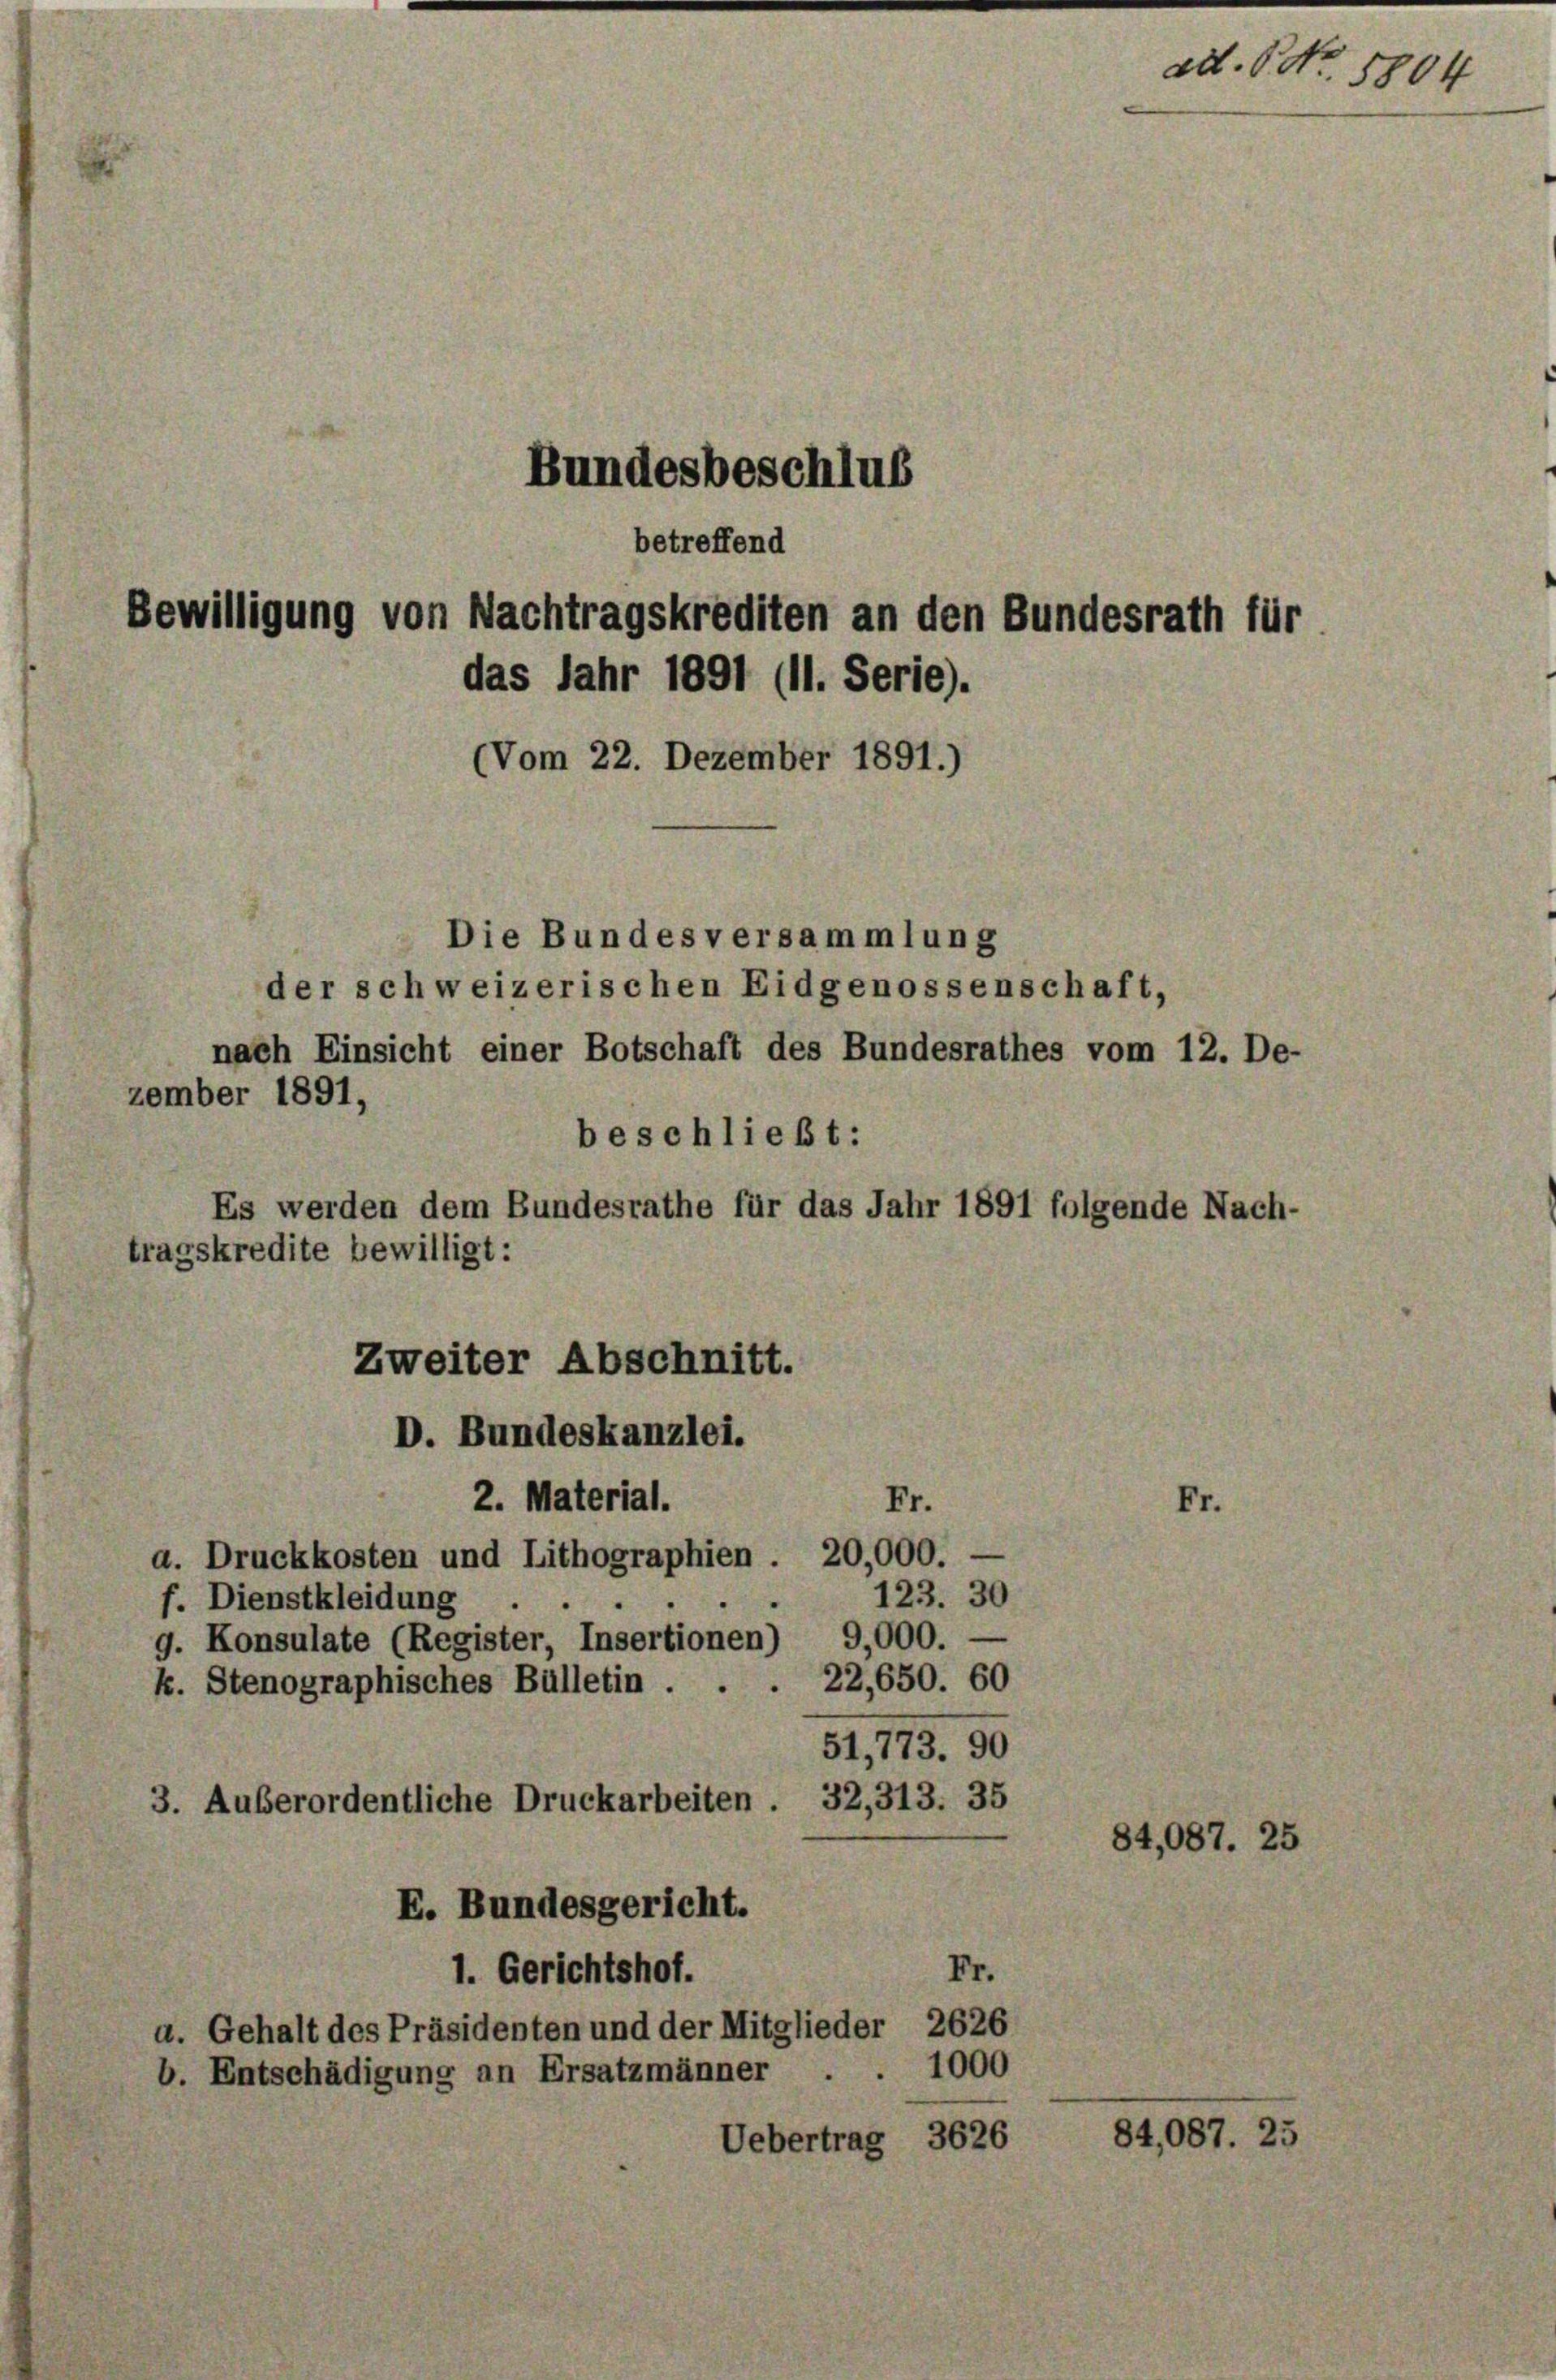
Bundesbeschlus
betreffend
Bewilligung von Nachtragskrediten an den Bundesrath für
das Jahr 1891 (11. Serie).

(Vom 22. Dezember 1891.)
Die Bundes versammlung
der schweizerischen Eidgenossenschaft,
nach Einsicht einer Botschaft des Bundesrathes vom 12. De-
zember 1891,
beschließt:
Es werden dem Bundesrathe für das Jahr 1891 folgende Nach-
tragskredite bewilligt:
Zweiter Abschnitt.
D. Bundeskanzlei.
Fr.
2. Material.
Fr.
a. Druckkosten und Lithographien . 20,000.
123. 30
f. Dienstkleidung
.
g. Konsulate (Register, Insertionen) 9,000.
22,650. 60
k. Stenographisches Bülletin .
90
51,773.
32, 313. 35
3. Außerordentliche Druckarbeiten.
84,087. 25
E. Bundesgericht.
Fr.
1. Gerichtshof.
a. Gehalt des Präsidenten und der Mitglieder 2626
1000
b. Entschädigung an Ersatzmänner
84,087. 2:
Uebertrag 3626

ad. NNo. 1804

5